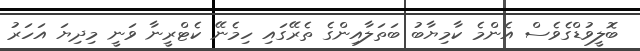
ބޮލީވުޑްގެވެސް އެންމެ ކާމިޔާބު ބަތަލާއިންގެ ތެރޭގައި ހިމެނޭ ކެޓްރީނާ ވަނީ މިދިޔަ އަހަރު